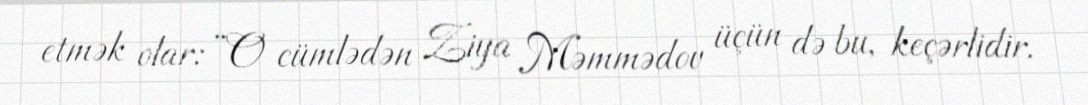
etmək olar: “O cümlədən Ziya Məmmədov üçün də bu, keçərlidir.